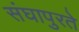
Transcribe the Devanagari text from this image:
संघापुरते